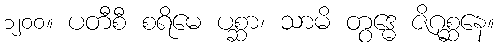
၁၂၀၀။ ပတီစီ စရိမေ ပစ္ဆာ၊ သာမိ တွဒ္ဓေ ဇိဂုစ္ဆနေ။